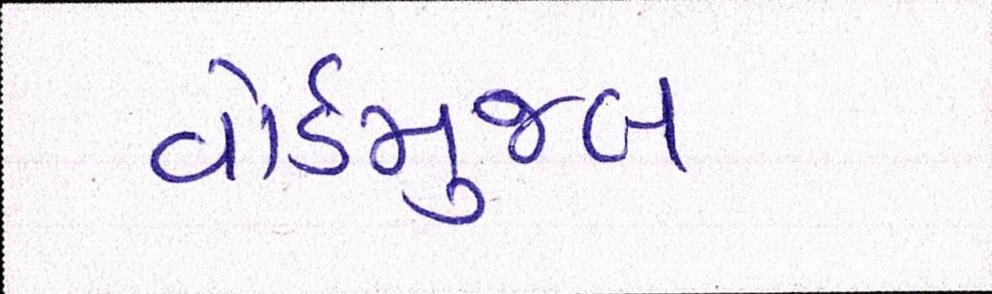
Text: વોર્ડમુજબ